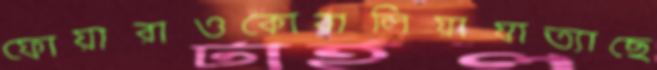
ফোয়ারাওকোরালিয়াযাত্যাছে